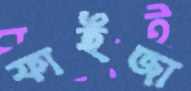
ফাইজা